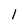
Character: 1